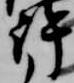
許